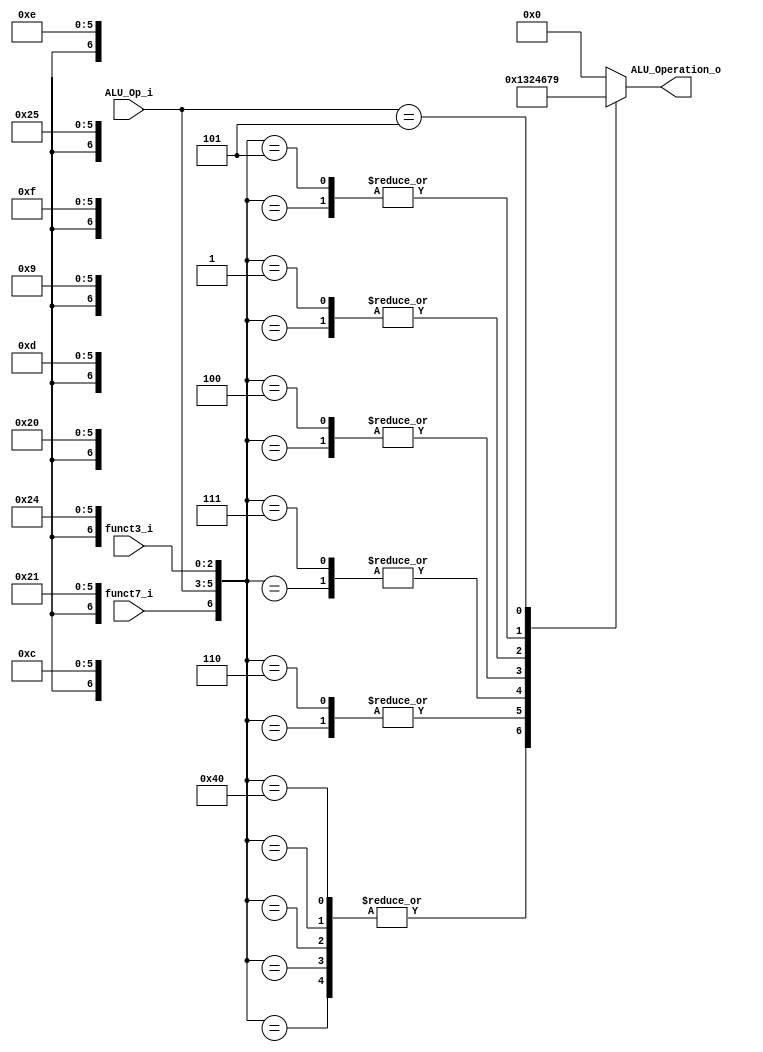
/******************************************************************
* Description
*	This is the control unit for the ALU. It receves a signal called 
*	ALUOp from the control unit and signals called funct7 and funct3  from
*	the instruction bus.
* Version:
*	1.0
* Author:
*	Dr. Jos Luis Pizano Escalante
* email:
*	luispizano@iteso.mx
* Date:
*	16/08/2021
******************************************************************/
module ALU_Control
(
	input funct7_i, 
	input [2:0] ALU_Op_i,
	input [2:0] funct3_i,
	

	output [3:0] ALU_Operation_o

);

reg [3:0] alu_control_values;
wire [6:0] selector;

assign selector = {funct7_i, ALU_Op_i, funct3_i};

localparam ADD = 7'b0_000_000;
localparam SUB = 7'b1_000_000;
localparam XOR = 7'b0_000_100;
localparam OR = 7'b0_000_110;
localparam AND = 7'b0_000_111;
localparam SLL = 7'b0_000_001;
localparam SRL = 7'b0_000_101;
localparam SLT = 7'b0_000_010;
localparam SLTU = 7'b0_000_011;


localparam ADDI = 7'bX_001_000;
localparam XORI = 7'bX_001_100;
localparam ORI = 7'bX_001_110;
localparam ANDI = 7'bX_001_111;
localparam SLLI = 7'bX_001_001;
localparam SRLI = 7'bX_001_101;
localparam SLTI = 7'bX_001_010;
localparam SLTUI = 7'bX_001_011;

localparam LW = 7'bX_010_010;
localparam SW = 7'bX_011_010;

localparam BEQ = 7'bX_100_000;
localparam BNE = 7'bX_100_001;
localparam BLT = 7'bX_100_100;
localparam BGE = 7'bX_100_101;

localparam JAL = 7'bX_110_XXX;
localparam JALR = 7'bX_111_000;

localparam LUI = 7'bX_101_XXX;

always@(selector)begin
	casex(selector)
		// SUMA
		ADD, ADDI, LW, SW, JAL, JALR:
			begin
				alu_control_values = 4'b0_000;
			end
		
		// RESTA
		SUB, BEQ, BNE, BLT, BGE: 
			begin
				alu_control_values = 4'b0_001;
			end
		
		// OR
		OR, ORI: 
			begin
				alu_control_values = 4'b0_011;
			end
			
		// AND
		AND, ANDI: 
			begin
				alu_control_values = 4'b0_010;
			end
			
		// XOR
		XOR, XORI: 
			begin
				alu_control_values = 4'b0_100;
			end
			
			
		// CORRIMIENTO IZQUIERDA
		SLL, SLLI: 
			begin
				alu_control_values = 4'b0_110;
			end
			
		// CORRIMIENTO DERECHA NORMAL
		SRL, SRLI: 
			begin
				alu_control_values = 4'b0_111;
			end
			
		// LUI
		LUI: 
			begin
				alu_control_values = 4'b1_001;
			end

		default: alu_control_values = 4'b00_00;
	endcase
end


assign ALU_Operation_o = alu_control_values;



endmodule